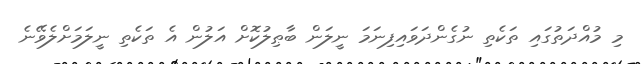
މި މުއްދަތުގައި ތަކެތި ނުގެންދަވައިފިނަމަ ނީލަން ބާޠިލުކޮށް އަލުން އެ ތަކެތި ނީލަމަށްލެވޭނެ